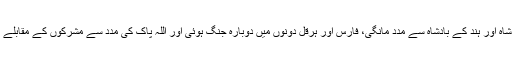
کچھ ہی عرصہ بعد ہرقل نے فارس کا مقابلہ کرنے کے لئے گجر بادشاہ اور ہند کے بادشاہ سے مدد مانگی، فارس اور ہرقل دونوں میں دوبارہ جنگ ہوئی اور اللہ پاک کی مدد سے مشرکوں کے مقابلے اہلِ کتاب کو گجروں کے ساتھ دینے کی وجہ سے کسریٰ کو فتح ملی۔